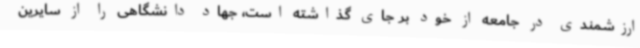
ارزشمندی در جامعه از خود بر جای گذاشته است، جهاد دانشگاهی را از سایرین